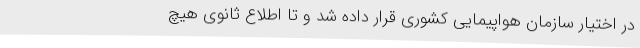
در اختیار سازمان هواپیمایی کشوری قرار داده شد و تا اطلاع ثانوی هیچ